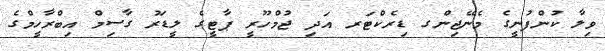
ވިލާ ކުންފުނީގެ މެނޭޖިންގ ޑިރެކްޓަރ އަދި ޖުމްހޫރީ ޕާޓީގެ ލީޑަރު ގާސިމް އިބްރާހީމްގެ